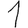
Digit: 1